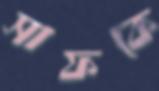
সাফকে